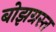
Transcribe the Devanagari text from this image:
बोझग्रस्त